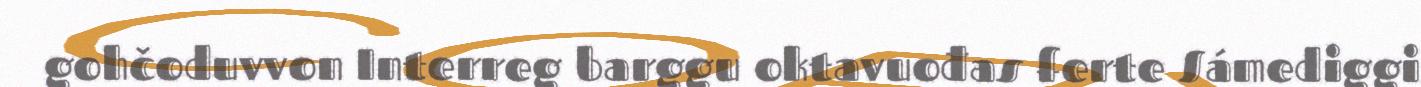
gohčoduvvon Interreg barggu oktavuođas ferte Sámediggi